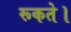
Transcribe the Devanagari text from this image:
रूकते।